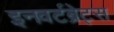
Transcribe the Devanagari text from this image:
इनवर्टब्रेट्स